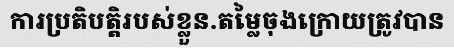
ការប្រតិបត្តិរបស់ខ្លួន.តម្លៃចុងក្រោយត្រូវបាន